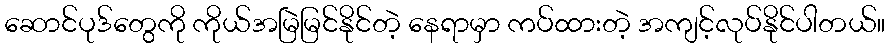
ဆောင်ပုဒ်တွေကို ကိုယ်အမြဲမြင်နိုင်တဲ့ နေရာမှာ ကပ်ထားတဲ့ အကျင့်လုပ်နိုင်ပါတယ်။